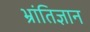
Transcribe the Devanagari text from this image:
भ्रांतिज्ञान